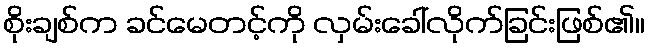
စိုးချစ်က ခင်မေတင့်ကို လှမ်းခေါ်လိုက်ခြင်းဖြစ်၏။